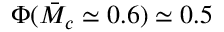
\Phi ( \bar { M } _ { c } \simeq 0 . 6 ) \simeq 0 . 5